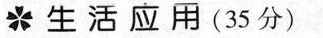
生活应用(35分)